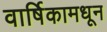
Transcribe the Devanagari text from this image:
वार्षिकामधून